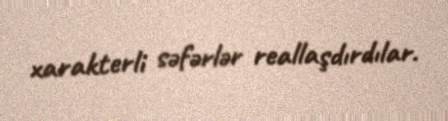
xarakterli səfərlər reallaşdırdılar.